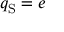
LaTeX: q _ { \mathrm { S } } = e